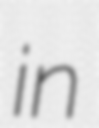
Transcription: in